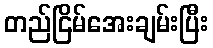
တည်ငြိမ်အေးချမ်းပြီး